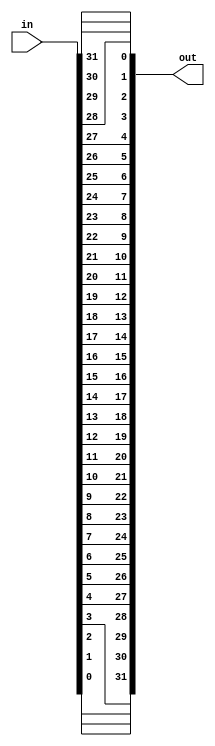
module reverse(out, in);
	input [31:0] in;
	output[31:0] out;
	buf	o_xxxi		(out[0], in[31]);
	buf	i_xxx			(out[1], in[30]);
	buf	ii_xxix		(out[2], in[29]);
	buf	iii_xxviii	(out[3], in[28]);
	buf	iv_xxvii		(out[4], in[27]);
	buf	v_xxvi		(out[5], in[26]);
	buf	vi_xxv		(out[6], in[25]);
	buf	vii_xxiv		(out[7], in[24]);
	buf	viii_xxiii	(out[8], in[23]);
	buf	ix_xxii		(out[9], in[22]);
	buf	x_xxi			(out[10], in[21]);
	buf	xi_xx			(out[11], in[20]);
	buf	xii_xix		(out[12], in[19]);
	buf	xiii_xviii	(out[13], in[18]);
	buf	xiv_xvii		(out[14], in[17]);
	buf	xv_xvi		(out[15], in[16]);
	buf	xvi_xv		(out[16], in[15]);
	buf	xvii_xiv		(out[17], in[14]);
	buf	xviii_xiii	(out[18], in[13]);
	buf	xix_xii		(out[19], in[12]);
	buf	xx_xi			(out[20], in[11]);
	buf	xxi_x			(out[21], in[10]);
	buf	xxii_ix		(out[22], in[9]);
	buf	xxiii_viii	(out[23], in[8]);
	buf	xxiv_vii		(out[24], in[7]);
	buf	xxv_vi		(out[25], in[6]);
	buf	xxvi_v		(out[26], in[5]);
	buf	xxvii_iv		(out[27], in[4]);
	buf	xxviii_iii	(out[28], in[3]);
	buf	xxix_ii		(out[29], in[2]);
	buf	xxx_i			(out[30], in[1]);
	buf	xxxi_o		(out[31], in[0]);

endmodule